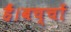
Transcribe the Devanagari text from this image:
हैं।बच्चों